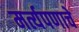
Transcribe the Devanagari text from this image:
मर्त्यपणाचे